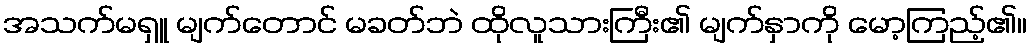
အသက်မရှူ မျက်တောင် မခတ်ဘဲ ထိုလူသားကြီး၏ မျက်နှာကို မော့ကြည့်၏။